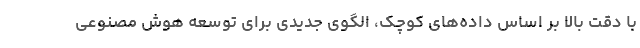
با دقت بالا بر اساس داده‌های کوچک، الگوی جدیدی برای توسعه هوش مصنوعی